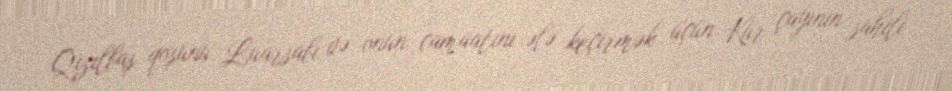
Qızılbaş qoşunu Luarsabı və onun camaatını ələ keçirmək üçün Kür çayının sahili